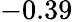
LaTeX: -0.39